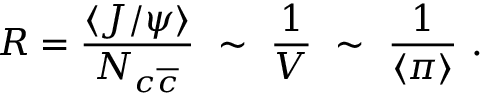
R = \frac { \langle J / \psi \rangle } { N _ { c \overline { { { c } } } } } ~ \sim ~ \frac { 1 } { V } ~ \sim ~ \frac { 1 } { \langle \pi \rangle } ~ .